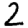
Digit: 2